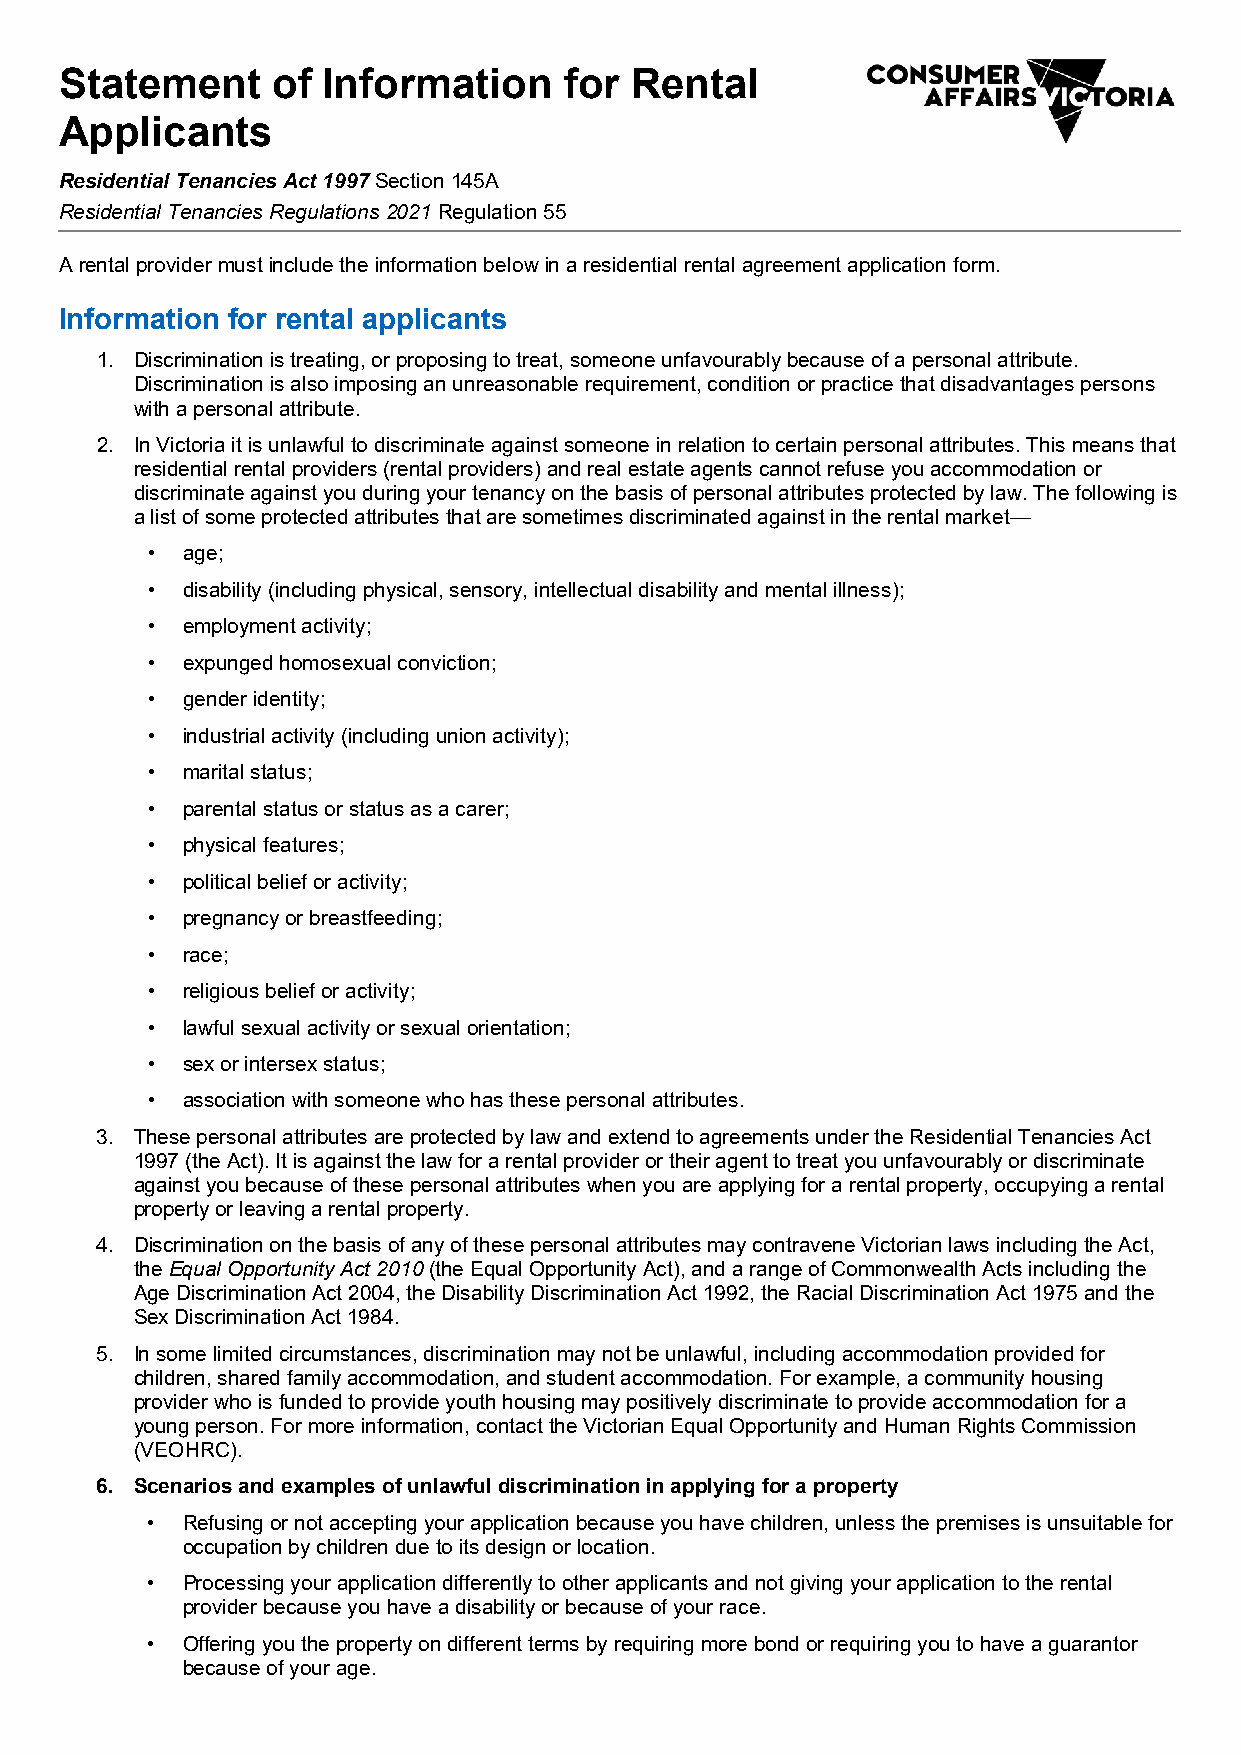
Statement     of Information     for  Rental
 Applicants
 Residential Tenancies Act 1997 Section 145A
 Residential Tenancies Regulations 2021 Regulation 55
 A rental provider must include the information below in a residential rental agreement application form.
 Information for rental applicants
 1. Discrimination is treating, or proposing to treat, someone unfavourably because of a personal attribute.
 Discrimination is also imposing an unreasonable requirement, condition or practice that disadvantages persons
 with a personal attribute.
 2. In Victoria it is unlawful to discriminate against someone in relation to certain personal attributes. This means that
 residential rental providers (rental providers) and real estate agents cannot refuse you accommodation or
 discriminate against you during your tenancy on the basis of personal attributes protected by law. The following is
 a list of some protected attributes that are sometimes discriminated against in the rental market—
 • age;
 • disability (including physical, sensory, intellectual disability and mental illness);
 • employment activity;
 • expunged homosexual conviction;
 • gender identity;
 • industrial activity (including union activity);
 • marital status;
 • parental status or status as a carer;
 • physical features;
 • political belief or activity;
 • pregnancy or breastfeeding;
 • race;
 • religious belief or activity;
 • lawful sexual activity or sexual orientation;
 • sex or intersex status;
 • association with someone who has these personal attributes.
 3. These personal attributes are protected by law and extend to agreements under the Residential Tenancies Act
 1997 (the Act). It is against the law for a rental provider or their agent to treat you unfavourably or discriminate
 against you because of these personal attributes when you are applying for a rental property, occupying a rental
 property or leaving a rental property.
 4. Discrimination on the basis of any of these personal attributes may contravene Victorian laws including the Act,
 the Equal Opportunity Act 2010 (the Equal Opportunity Act), and a range of Commonwealth Acts including the
 Age Discrimination Act 2004, the Disability Discrimination Act 1992, the Racial Discrimination Act 1975 and the
 Sex Discrimination Act 1984.
 5. In some limited circumstances, discrimination may not be unlawful, including accommodation provided for
 children, shared family accommodation, and student accommodation. For example, a community housing
 provider who is funded to provide youth housing may positively discriminate to provide accommodation for a
 young person. For more information, contact the Victorian Equal Opportunity and Human Rights Commission
 (VEOHRC).
 6. Scenarios and examples of unlawful discrimination in applying for a property
 • Refusing or not accepting your application because you have children, unless the premises is unsuitable for
 occupation by children due to its design or location.
 • Processing your application differently to other applicants and not giving your application to the rental
 provider because you have a disability or because of your race.
 • Offering you the property on different terms by requiring more bond or requiring you to have a guarantor
 because of your age.